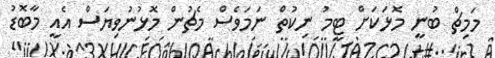
މަމިޗް ބުނީ މޮޅަކަށް ޓީމު ނިކުތް ނަމަވެސް މެޗުން މޮޅުނުވިޔަސް އެއީ މާބޮޑު